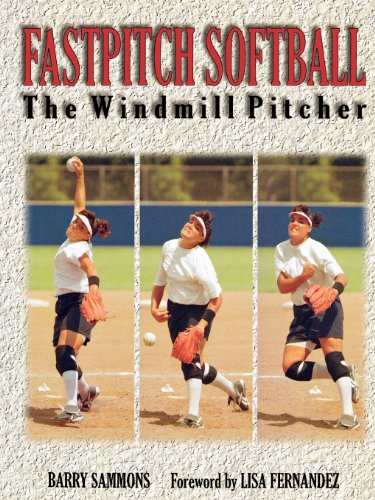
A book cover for Fastpitch Softball : The Windmill Pitcher; Barry Sammons; Sports & Outdoors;